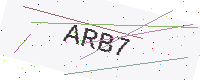
Text: ARB7